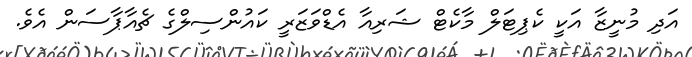
އަދި މުނީޒާ އަކީ ކެޕިޓަލް މާކެޓް ޝަރިއާ އެޑްވަޒަރީ ކައުންސިލްގެ ޗެއާޕާސަން އެވެ.